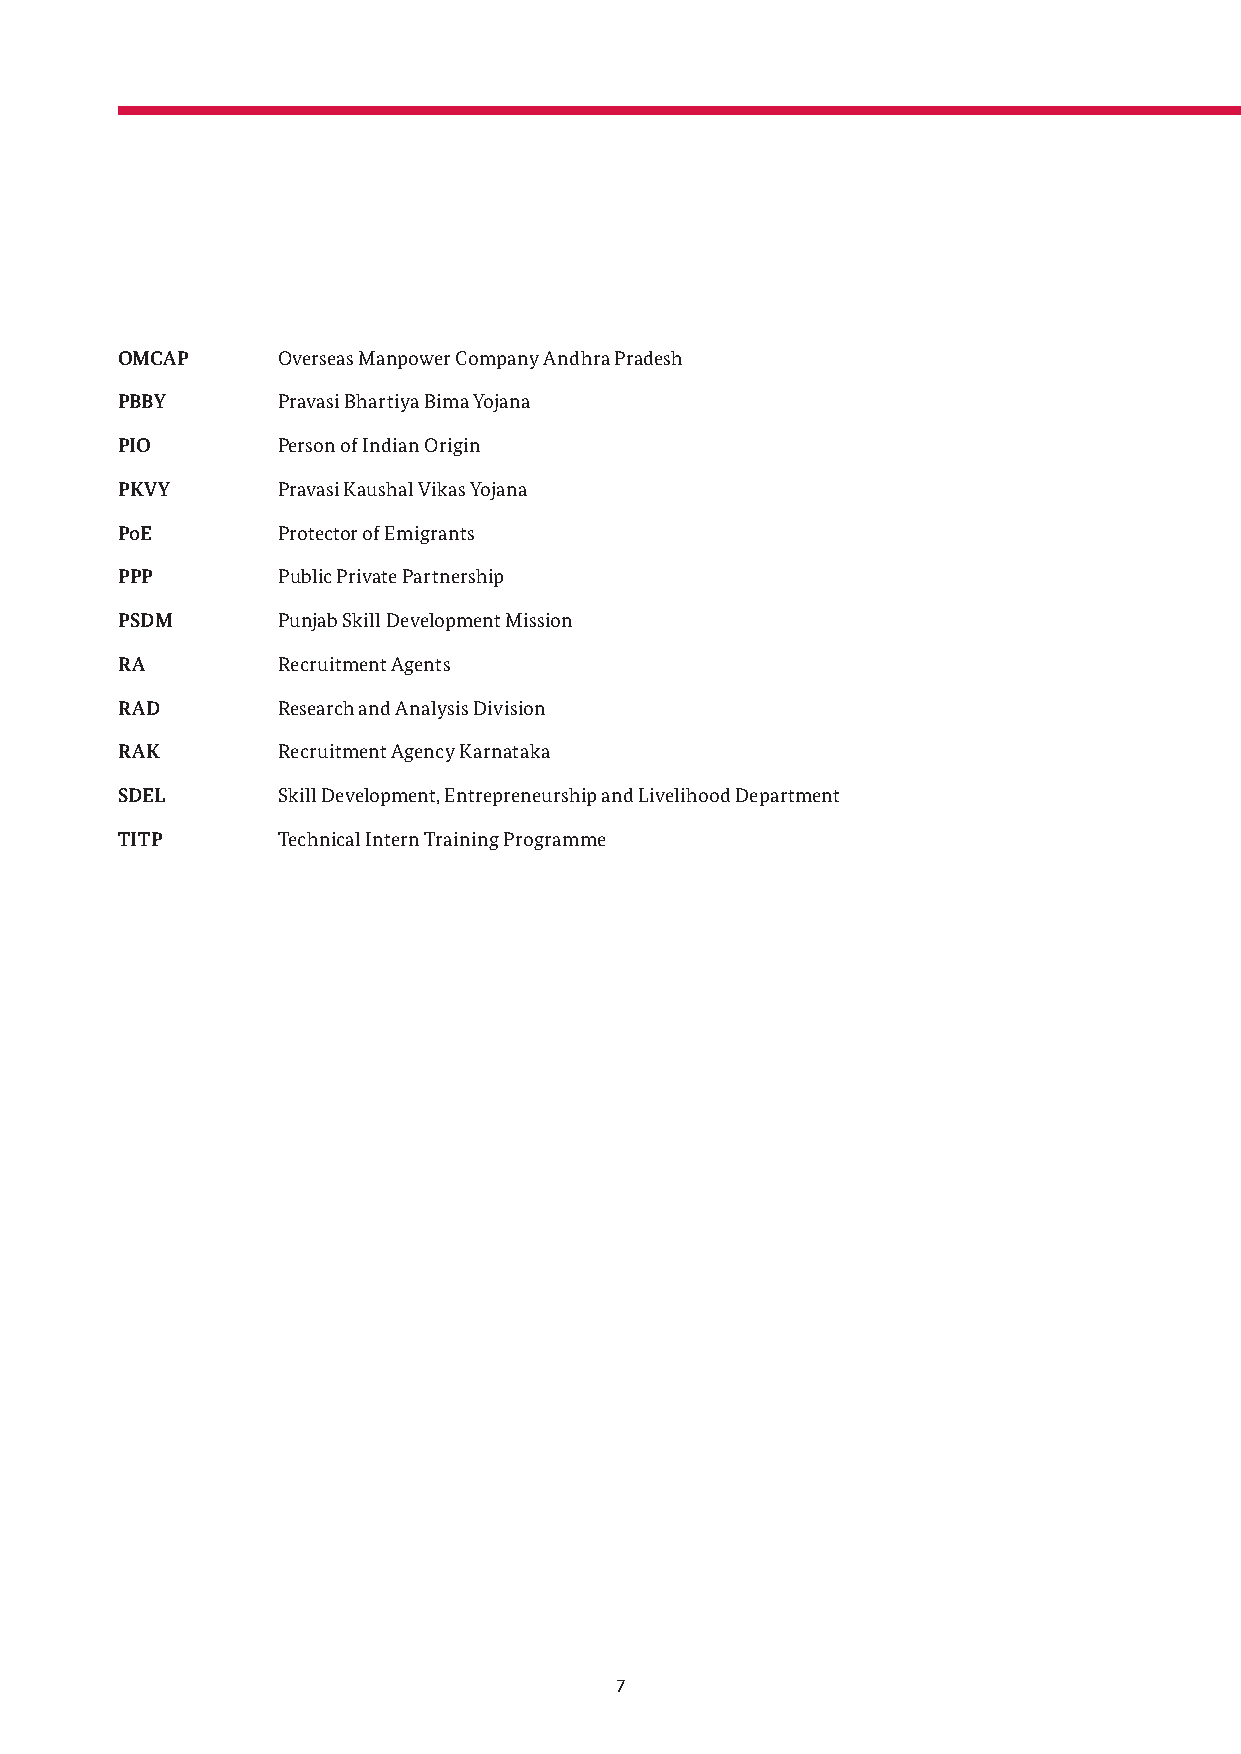
OMCAP     Overseas Manpower Company Andhra Pradesh
 PBBY      Pravasi Bhartiya Bima Yojana
 PIO       Person of Indian Origin
 PKVY      Pravasi Kaushal Vikas Yojana
 PoE       Protector of Emigrants
 PPP       Public Private Partnership
 PSDM      Punjab Skill Development Mission
 RA        Recruitment Agents
 RAD       Research and Analysis Division
 RAK       Recruitment Agency Karnataka
 SDEL      Skill Development, Entrepreneurship and Livelihood Department
 TITP      Technical Intern Training Programme
 7